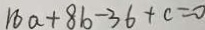
1 6 a + 8 b - 3 6 + c = 0